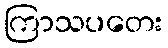
ကြာသပတေး